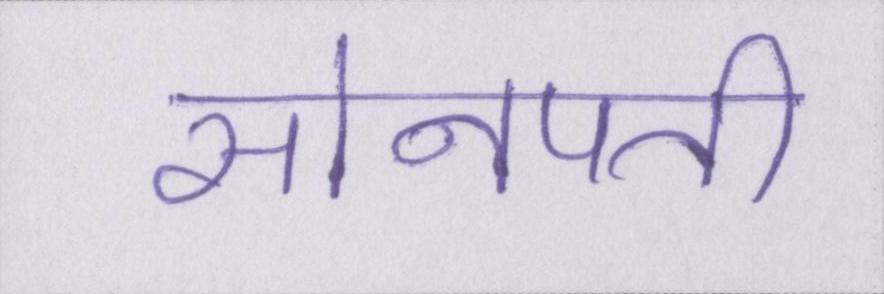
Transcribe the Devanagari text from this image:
सोनपती